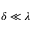
\delta \ll \lambda